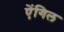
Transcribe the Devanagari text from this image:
ऐंगिल